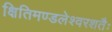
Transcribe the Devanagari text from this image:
क्षितिमण्डलेश्वरशतैः